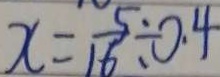
x = \frac { 5 } { 1 6 } \div 0 . 4